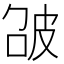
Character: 𤿘